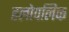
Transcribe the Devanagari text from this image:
हलोपलिक